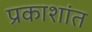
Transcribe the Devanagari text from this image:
प्रकाशांत